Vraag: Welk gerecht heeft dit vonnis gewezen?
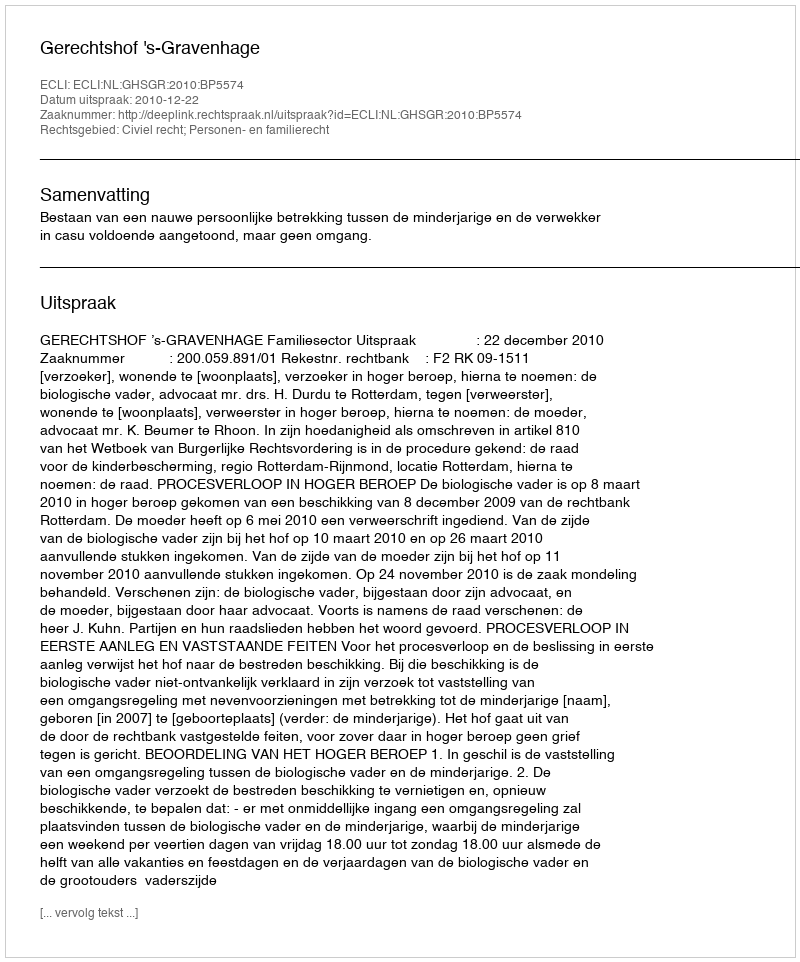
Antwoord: Gerechtshof 's-Gravenhage